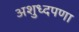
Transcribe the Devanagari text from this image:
अशुध्दपणा